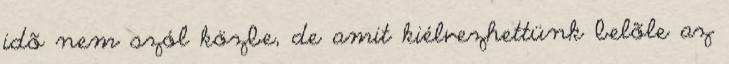
idõ nem szól közbe, de amit kiélvezhettünk belõle az